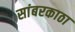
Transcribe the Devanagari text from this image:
सांबरकाठा